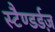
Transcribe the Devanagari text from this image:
स्टैण्डर्डज़